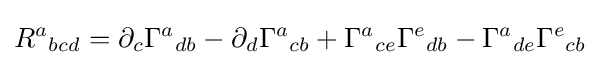
R^{a}{}_{bcd}=\partial _{c}\Gamma ^{a}{}_{db}-\partial _{d}\Gamma ^{a}{}_{cb}+\Gamma ^{a}{}_{ce}\Gamma ^{e}{}_{db}-\Gamma ^{a}{}_{de}\Gamma ^{e}{}_{cb}